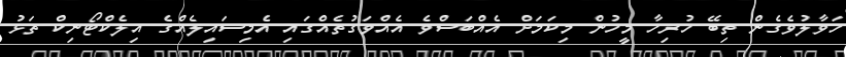
ހަވާލުވެގެން ތިބޭ ހުރިހާ މީހުން މިކަމަށް އެއްބަސްވެ އެއްވަގުތެއްގައި އެމިސައިލެއްގެ އިލެކްޓޯނިކް ތަޅު